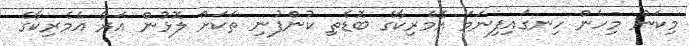
މިކަން މިހެން ހިނގައިފިނަމަ އެމެރިކާގެ ބޮޑެތި ކުންފުނި ތަކަށް ލޮޅުން އަރާ އެމެރިކާގެ